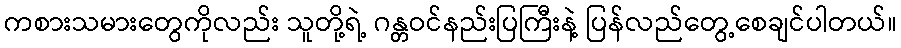
ကစားသမားတွေကိုလည်း သူတို့ရဲ့ ဂန္တဝင်နည်းပြကြီးနဲ့ ပြန်လည်တွေ့စေချင်ပါတယ်။